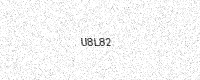
Text: U8L82